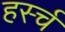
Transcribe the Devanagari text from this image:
हर्स्च